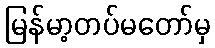
မြန်မာ့တပ်မတော်မှ